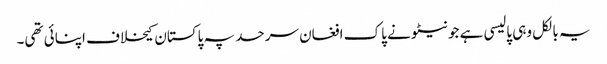
یہ بالکل وہی پالیسی ہے جو نیٹو نے پاک افغان سرحد پہ پاکستان کیخلاف اپنائی تھی۔